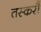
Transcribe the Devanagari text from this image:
तस्करौं